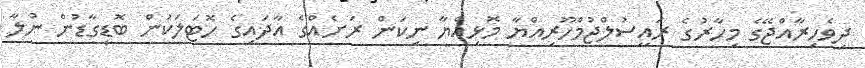
ދިވެހިރާއްޖޭގެ މިހާރުގެ ރައީސުލްޖުމްހޫރިއްޔާ މޮޅިއްޔާ ނިކަން ރަށެއްގެ އާދައިގެ ހޮޓަލަކުން ބޮޑީގާޑުން ނުލާ